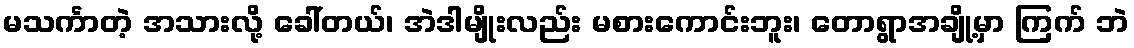
မသင်္ကာတဲ့ အသားလို့ ခေါ်တယ်၊ အဲဒါမျိုးလည်း မစားကောင်းဘူး၊ တောရွာအချို့မှာ ကြက် ဘဲ